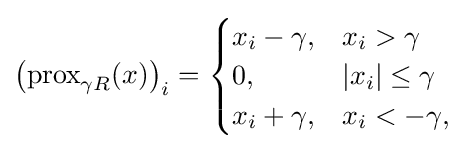
\left(\operatorname {prox} _{\gamma R}(x)\right)_{i}={\begin{cases}x_{i}-\gamma ,&x_{i}>\gamma \\0,&|x_{i}|\leq \gamma \\x_{i}+\gamma ,&x_{i}<-\gamma ,\end{cases}}